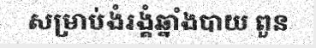
សម្រាប់ងំរង្គំឆ្នាំងបាយ ពួន